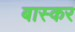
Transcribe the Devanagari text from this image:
बास्कर